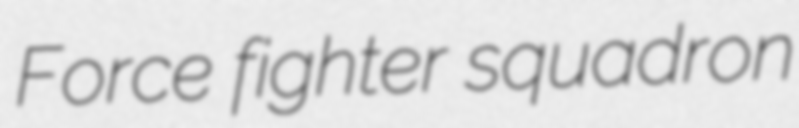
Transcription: Force fighter squadron